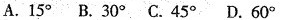
A.15^{\circ}B.30^{\circ}C.45^{\circ}D.60^{\circ}